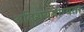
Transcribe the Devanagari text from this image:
अतिशययोग्यता